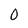
Character: 0